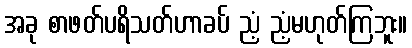
အခု စာဖတ်ပရိသတ်ဟာခပ် ညံ့ ညံ့မဟုတ်ကြဘူး။